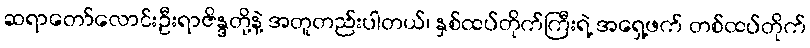
ဆရာတော်လောင်းဦးရာဇိန္ဒတို့နဲ့ အတူတည်းပါတယ်၊ နှစ်ထပ်တိုက်ကြီးရဲ့ အရှေ့ဖက် တစ်ထပ်တိုက်